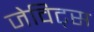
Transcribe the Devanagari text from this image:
जेविट्स